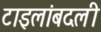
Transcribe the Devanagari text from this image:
टाइलांबदली